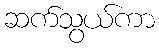
ဆက်သွယ်ကာ